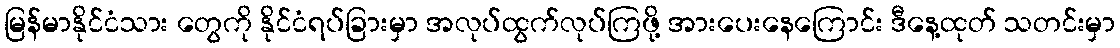
မြန်မာနိုင်ငံသား တွေကို နိုင်ငံရပ်ခြားမှာ အလုပ်ထွက်လုပ်ကြဖို့ အားပေးနေကြောင်း ဒီနေ့ထုတ် သတင်းမှာ